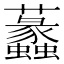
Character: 𧅮